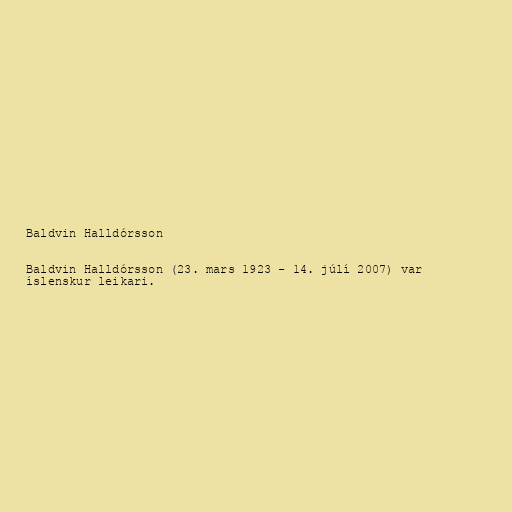
Baldvin Halldórsson

Baldvin Halldórsson (23. mars 1923 - 14. júlí 2007) var
íslenskur leikari.